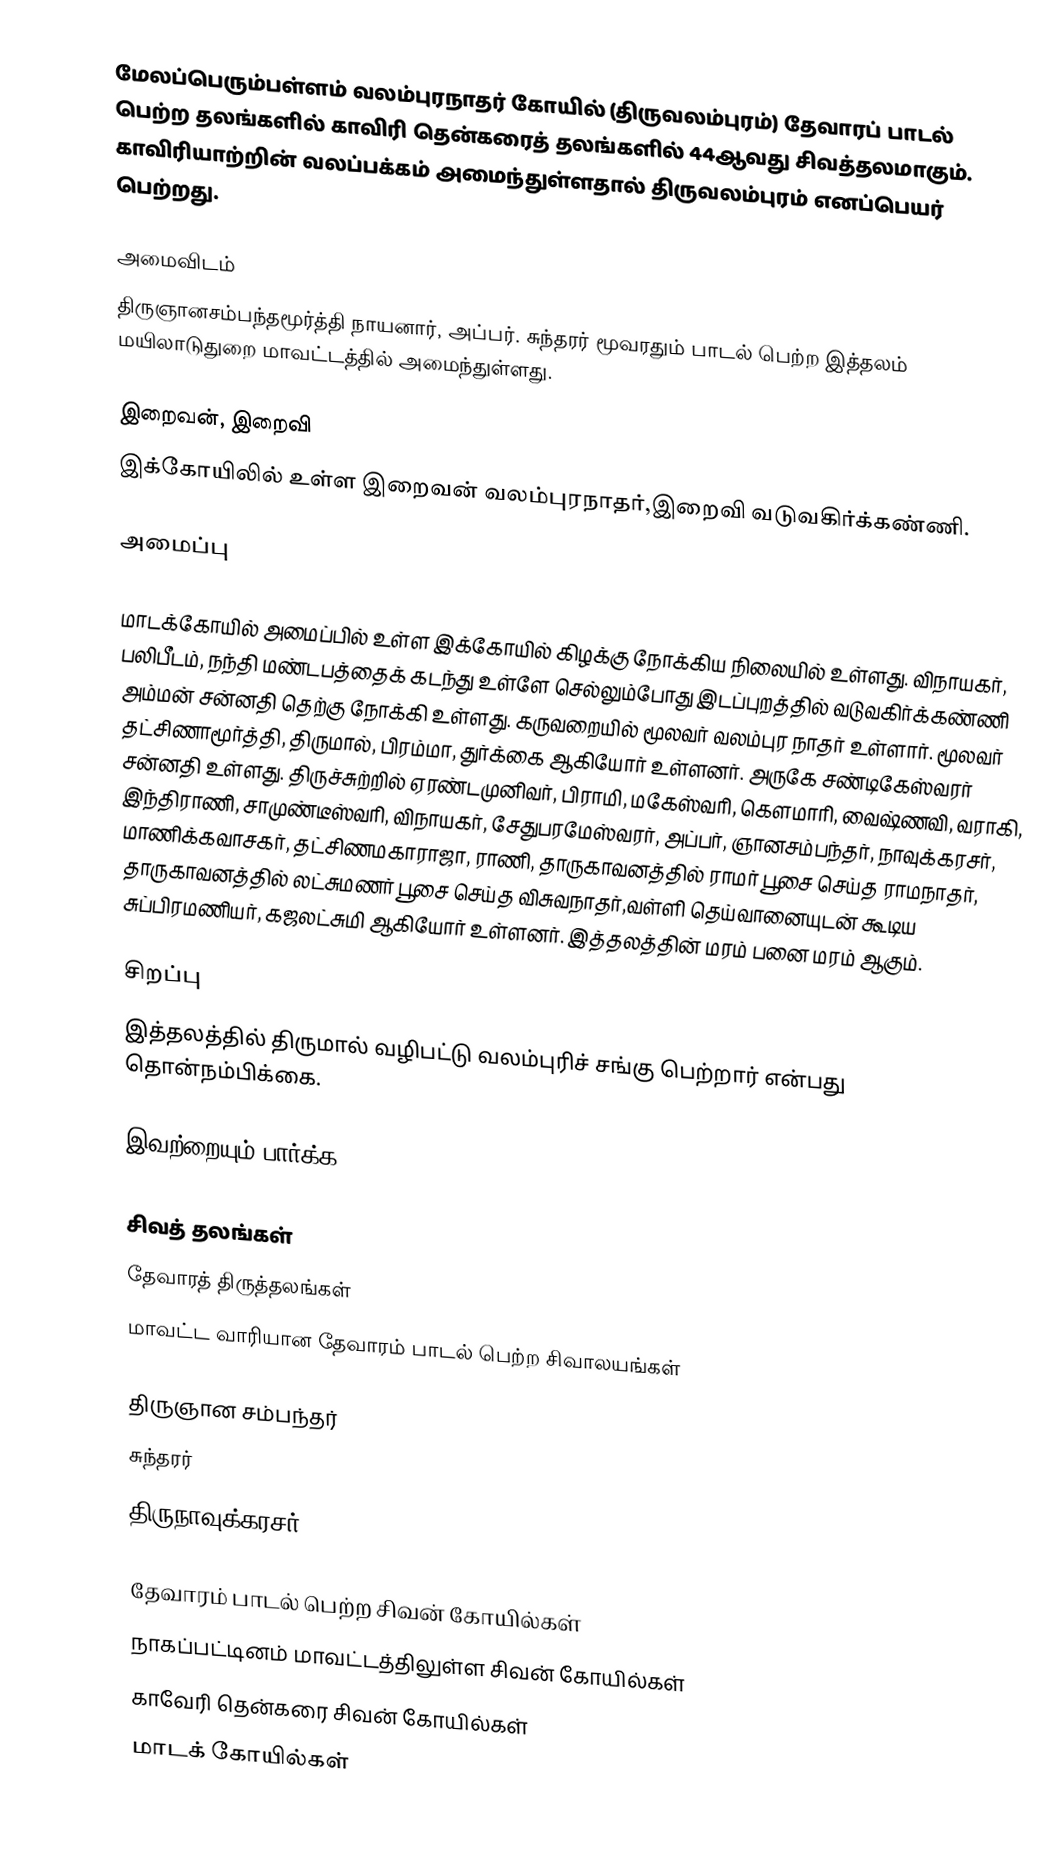
மேலப்பெரும்பள்ளம் வலம்புரநாதர் கோயில் (திருவலம்புரம்) தேவாரப் பாடல் பெற்ற தலங்களில் காவிரி தென்கரைத் தலங்களில் 44ஆவது சிவத்தலமாகும். காவிரியாற்றின் வலப்பக்கம் அமைந்துள்ளதால் திருவலம்புரம் எனப்பெயர் பெற்றது.

அமைவிடம்
திருஞானசம்பந்தமூர்த்தி நாயனார், அப்பர். சுந்தரர் மூவரதும் பாடல் பெற்ற இத்தலம் மயிலாடுதுறை மாவட்டத்தில் அமைந்துள்ளது.

இறைவன், இறைவி
இக்கோயிலில் உள்ள இறைவன் வலம்புரநாதர்,இறைவி வடுவகிர்க்கண்ணி.

அமைப்பு

மாடக்கோயில் அமைப்பில் உள்ள இக்கோயில் கிழக்கு நோக்கிய நிலையில் உள்ளது. விநாயகர், பலிபீடம், நந்தி மண்டபத்தைக் கடந்து உள்ளே செல்லும்போது இடப்புறத்தில் வடுவகிர்க்கண்ணி அம்மன் சன்னதி தெற்கு நோக்கி உள்ளது. கருவறையில் மூலவர் வலம்புர நாதர் உள்ளார். மூலவர் தட்சிணாமூர்த்தி, திருமால், பிரம்மா, துர்க்கை ஆகியோர் உள்ளனர். அருகே சண்டிகேஸ்வரர் சன்னதி உள்ளது. திருச்சுற்றில் ஏரண்டமுனிவர், பிராமி, மகேஸ்வரி, கௌமாரி, வைஷ்ணவி, வராகி, இந்திராணி, சாமுண்டீஸ்வரி, விநாயகர், சேதுபரமேஸ்வரர், அப்பர், ஞானசம்பந்தர், நாவுக்கரசர், மாணிக்கவாசகர், தட்சிணமகாராஜா, ராணி, தாருகாவனத்தில் ராமர் பூசை செய்த ராமநாதர், தாருகாவனத்தில் லட்சுமணர் பூசை செய்த விசுவநாதர்,வள்ளி தெய்வானையுடன் கூடிய சுப்பிரமணியர், கஜலட்சுமி ஆகியோர் உள்ளனர். இத்தலத்தின் மரம் பனை மரம் ஆகும்.

சிறப்பு
இத்தலத்தில் திருமால் வழிபட்டு வலம்புரிச் சங்கு பெற்றார் என்பது தொன்நம்பிக்கை.

இவற்றையும் பார்க்க

 சிவத் தலங்கள்
 தேவாரத் திருத்தலங்கள்
 மாவட்ட வாரியான தேவாரம் பாடல் பெற்ற சிவாலயங்கள்

 திருஞான சம்பந்தர்
 சுந்தரர்
 திருநாவுக்கரசர்

தேவாரம் பாடல் பெற்ற சிவன் கோயில்கள்
நாகப்பட்டினம் மாவட்டத்திலுள்ள சிவன் கோயில்கள்
காவேரி தென்கரை சிவன் கோயில்கள்
மாடக் கோயில்கள்